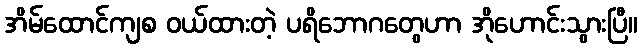
အိမ်ထောင်ကျစ ဝယ်ထားတဲ့ ပရိဘောဂတွေဟာ အိုဟောင်းသွားပြီ။